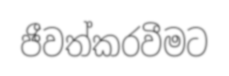
ජීවත්කරවීමට